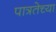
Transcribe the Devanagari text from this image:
पात्रतेच्या